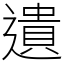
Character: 遺